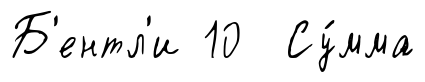
Б'ентл'и 10 Су́мма